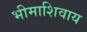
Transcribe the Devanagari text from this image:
भीमाशिवाय